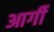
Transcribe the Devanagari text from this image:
आर्गी